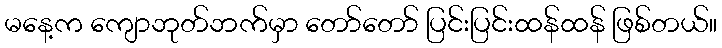
မနေ့က ကျောဘုတ်ဘက်မှာ တော်တော် ပြင်းပြင်းထန်ထန် ဖြစ်တယ်။